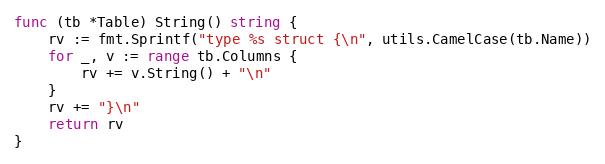
Language: Go
func (tb *Table) String() string {
	rv := fmt.Sprintf("type %s struct {\n", utils.CamelCase(tb.Name))
	for _, v := range tb.Columns {
		rv += v.String() + "\n"
	}
	rv += "}\n"
	return rv
}